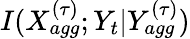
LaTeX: I(X_{agg}^{(\tau)};Y_{t}|Y_{agg}^{(\tau)})